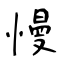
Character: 慢